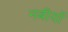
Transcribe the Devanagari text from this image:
नबीयों